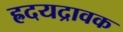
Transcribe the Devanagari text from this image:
ह्रदयद्रावक